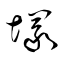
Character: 塚